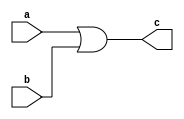
/////////////////////////////////////////
//  Functionality: 2-input OR 
////////////////////////////////////////
`timescale 1ns / 1ps

module or2(
  a,
  b,
  c);

input wire a;
input wire b;
output wire c;

assign c = a | b;

endmodule